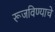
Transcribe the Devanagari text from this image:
रूजविण्याचे